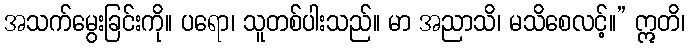
အသက်မွေးခြင်းကို။ ပရော၊ သူတစ်ပါးသည်။ မာ အညာသိ၊ မသိစေလင့်။” ဣတိ၊